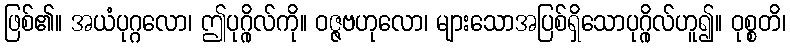
ဖြစ်၏။ အယံပုဂ္ဂလော၊ ဤပုဂ္ဂိုလ်ကို။ ဝဇ္ဇဗဟုလော၊ များသောအပြစ်ရှိသောပုဂ္ဂိုလ်ဟူ၍။ ဝုစ္စတိ၊